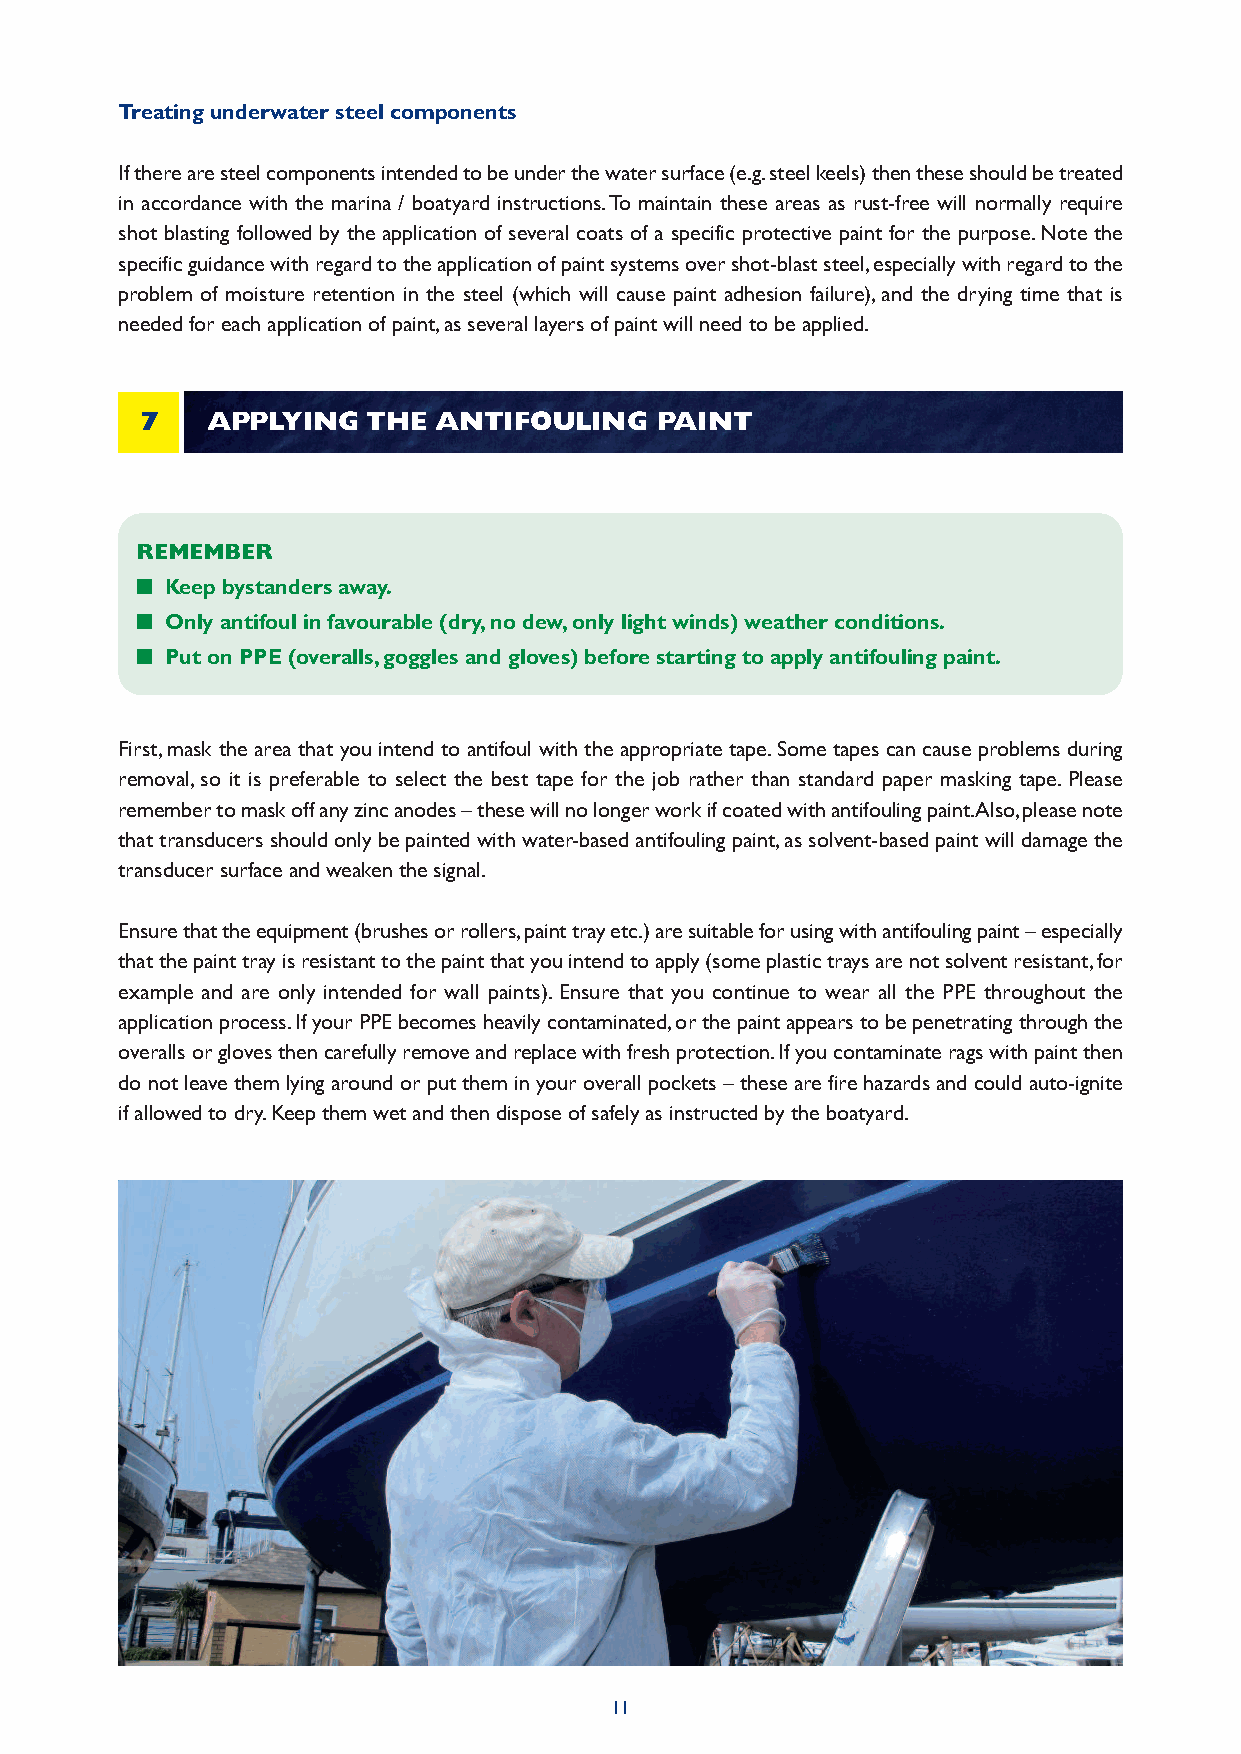
Treating underwater steel components
 If there are steel components intended to be under the water surface (e.g. steel keels) then these should be treated
 in accordance with the marina / boatyard instructions. To maintain these areas as rust-free will normally require
 shot blasting followed by the application of several coats of a specific protective paint for the purpose. Note the
 specific guidance with regard to the application of paint systems over shot-blast steel, especially with regard to the
 problem of moisture retention in the steel (which will cause paint adhesion failure), and the drying time that is
 needed for each application of paint, as several layers of paint will need to be applied.
 7    APPLYING  THE  ANTIFOULING   PAINT
 REMEMBER
 n Keep bystanders away.
 n Only antifoul in favourable (dry, no dew, only light winds) weather conditions.
 n Put on PPE (overalls, goggles and gloves) before starting to apply antifouling paint.
 First, mask the area that you intend to antifoul with the appropriate tape. Some tapes can cause problems during
 removal, so it is preferable to select the best tape for the job rather than standard paper masking tape. Please
 remember to mask off any zinc anodes – these will no longer work if coated with antifouling paint. Also, please note
 that transducers should only be painted with water-based antifouling paint, as solvent-based paint will damage the
 transducer surface and weaken the signal.
 Ensure that the equipment (brushes or rollers, paint tray etc.) are suitable for using with antifouling paint – especially
 that the paint tray is resistant to the paint that you intend to apply (some plastic trays are not solvent resistant, for
 example and are only intended for wall paints). Ensure that you continue to wear all the PPE throughout the
 application process. If your PPE becomes heavily contaminated, or the paint appears to be penetrating through the
 overalls or gloves then carefully remove and replace with fresh protection. If you contaminate rags with paint then
 do not leave them lying around or put them in your overall pockets – these are fire hazards and could auto-ignite
 if allowed to dry. Keep them wet and then dispose of safely as instructed by the boatyard.
 11